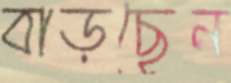
বাড়ছেন